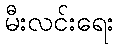
မီးလင်းရေး